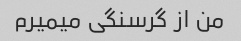
من از گرسنگی میمیرم